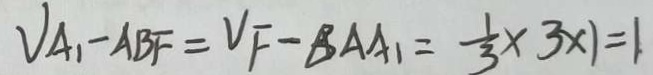
V _ { A _ { 1 } - A B F } = V _ { F } - B A A _ { 1 } = \frac { 1 } { 3 } \times 3 \times 1 = 1